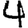
Digit: 4